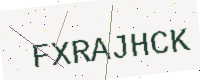
Text: FXRAJHCK